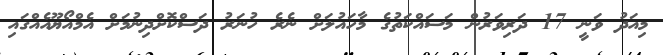
މިއަދު ވަނީ 17 ދަރިވަރުން މަސައްކަތުގެ މާހައުލަށް ނެރެ ހުނަރު ދަސްކޮށްދިނުމަށް އެމްއޯޔޫއެއްގައި